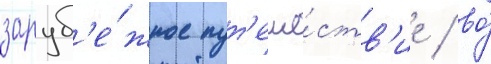
заруб'е́жное пут'еше́ств'ие / во́